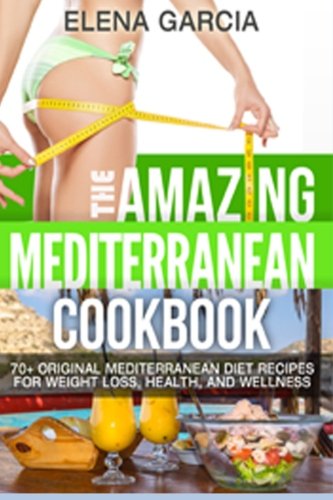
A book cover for The Amazing Mediterranean Cookbook: 70 Original Mediterranean Diet Recipes for Weight Loss, Health, and Wellness (Mediterranean Diet, Mediterranean Recipes ) (Volume 1); Elena Garcia; Cookbooks, Food & Wine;